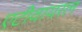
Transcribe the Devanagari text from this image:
एटीवायरल